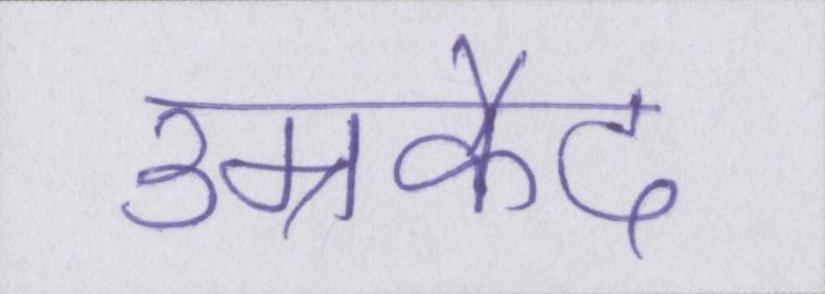
उम्रकैद